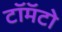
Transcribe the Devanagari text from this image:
टॉमॅटो